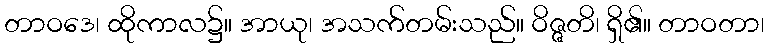
တာဝဒေ၊ ထိုကာလ၌။ အာယု၊ အသက်တမ်းသည်။ ဝိဇ္ဇတိ၊ ရှိ၏။ တာဝတာ၊